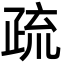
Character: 疏